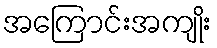
အကြောင်းအကျိုး